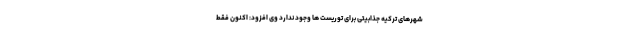
شهرهای ترکیه جذابیتی برای توریست ها وجود ندارد وی افزود: اکنون فقط